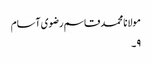
مولانا محمد قاسم رضوی آسام
۹۔